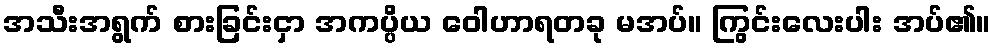
အသီးအရွက် စားခြင်းငှာ အကပ္ပိယ ဝေါဟာရတခု မအပ်။ ကြွင်းလေးပါး အပ်၏။